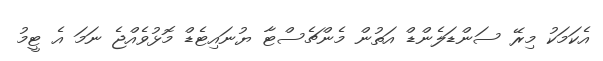
އެކަމަކު މިރޭ ސަންޑަލެންޑް އަތުން މެންޗެސްޓާ ޔުނައިޓެޑް މޮޅުވެއްޖެ ނަމަ އެ ޓީމު